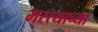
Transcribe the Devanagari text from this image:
मस्त्याच्या